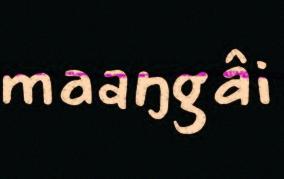
maaŋgâi